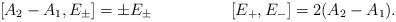
\begin{align*}[A_{2}-A_{1},E_{\pm}]=\pm E_{\pm} \hspace{2cm}[E_{+},E_{-}]=2(A_{2}-A_{1}) .\end{align*}